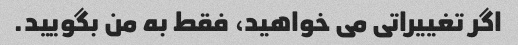
اگر تغییراتی می خواهید، فقط به من بگویید.